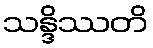
သန္ဒိဿတိ